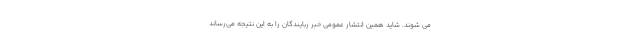
می شوند. شاید همین انتشار عمومی خبر ربایندگان را به این نتیجه می‌رساند